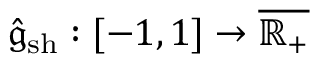
\hat { \mathfrak { g } } _ { \mathrm { s h } } : [ - 1 , 1 ] \to \overline { { \mathbb { R } _ { + } } }